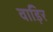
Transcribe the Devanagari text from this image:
वाड़िर